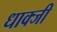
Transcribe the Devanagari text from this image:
धाक्जी